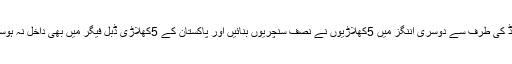
انگلینڈ کی طرف سے دوسری اننگز میں 5کھلاڑیوں نے نصف سنچریوں بنائیں اور پاکستان کے 5کھلاڑی ڈبل فیگر میں بھی داخل نہ ہوسکے۔